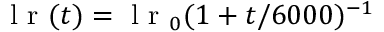
\mathrm { ~ l ~ r ~ } ( t ) = \mathrm { ~ l ~ r ~ } _ { 0 } ( 1 + t / 6 0 0 0 ) ^ { - 1 }